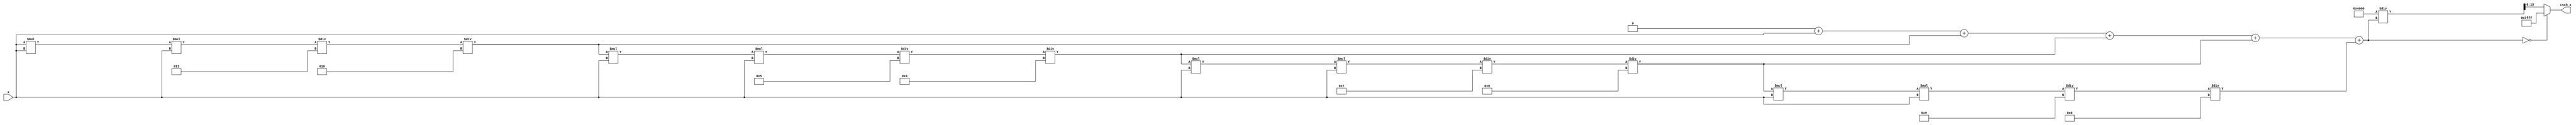
module hyperbolic_cosecant (
    input wire signed [15:0] x,      // Input signal (fixed-point representation)
    output reg signed [15:0] csch_x   // Output signal (fixed-point representation)
);

    // Parameters for fixed-point representation
    parameter FIXED_POINT_FRACTIONAL_BITS = 14; // Number of fractional bits
    parameter MAX_VALUE = 16'h7FFF; // Maximum value for 16-bit signed fixed-point
    parameter MIN_VALUE = 16'h8000; // Minimum value for 16-bit signed fixed-point

    // Internal signals
    reg signed [31:0] sinh_x; // Intermediate result for sinh(x)
    reg signed [31:0] reciprocal; // Reciprocal of sinh(x)

    // Function to calculate sinh(x) using Taylor series approximation
    function signed [31:0] sinh;
        input signed [15:0] x;
        reg signed [31:0] term;
        reg signed [31:0] sum;
        integer i;
        begin
            sum = 0;
            term = x; // First term is x
            sum = sum + term;

            // Calculate up to 5 terms of the Taylor series
            for (i = 1; i < 5; i = i + 1) begin
                term = (term * x * x) / (2 * i + 1) / (2 * i); // x^(2n+1)/(2n)!
                sum = sum + term;
            end
            sinh = sum;
        end
    endfunction

    // Always block to compute csch(x)
    always @(*) begin
        // Compute sinh(x)
        sinh_x = sinh(x);

        // Handle special case for sinh(x) = 0
        if (sinh_x == 0) begin
            csch_x = MAX_VALUE; // Set to a large constant (infinity)
        end else begin
            // Compute reciprocal of sinh(x)
            reciprocal = (1 << FIXED_POINT_FRACTIONAL_BITS) / sinh_x; // Fixed-point division
            csch_x = reciprocal[15:0]; // Output the lower 16 bits
        end
    end

endmodule